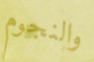
والنجوم